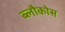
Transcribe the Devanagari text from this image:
ब्लौकोस